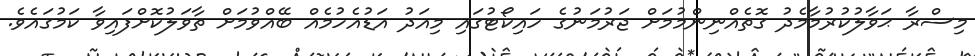
މިސްރާ ޙަވާލުކުރުމާމެދު ގޮތެއްނިންމުމަށް ޖަރުމަނުގެ ހައިކޯޓުގައި މިއަދު އަޑުއެހުމެއް ބޭއްވުމަށް ތާވަލުކޮށްފައިވާ ކަމުގައެވެ.